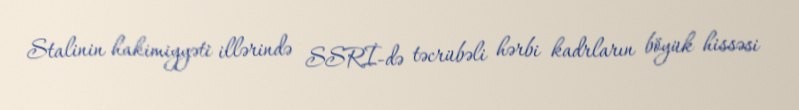
Stalinin hakimiyyəti illərində SSRİ-də təcrübəli hərbi kadrların böyük hissəsi